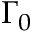
\Gamma _ { 0 }